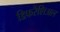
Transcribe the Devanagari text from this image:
डिफरेंशिअल